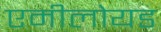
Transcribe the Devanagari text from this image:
एमीलोयड